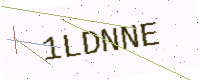
Text: 1LDNNE